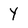
Character: Y